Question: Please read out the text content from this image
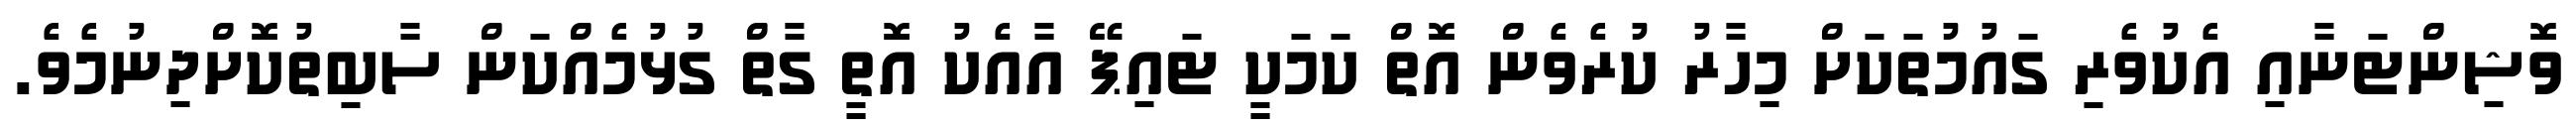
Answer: ވޮޝިންޓަނާއި އެކުވެރި ގައުމުތަކަށް މިހާރު ކުރެވެން އޮތް ކަމަކީ ޓައިޕޭ އާއެކު އޮތީ ގާތް ގުޅުމެއްކަން ސާބިތުކޮށްދިނުމެވެ.